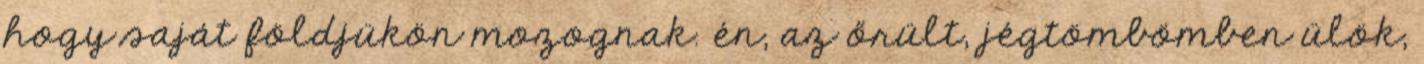
hogy saját földjükön mozognak. én, az őrült, jégtömbömben ülök,